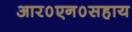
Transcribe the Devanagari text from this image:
आर०एन०सहाय